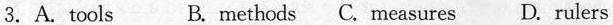
3. A.Tools B. Methods C. Measures D. Rulers